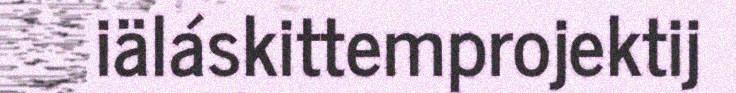
iäláskittemprojektij